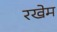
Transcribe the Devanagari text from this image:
रखेम